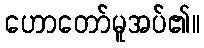
ဟောတော်မူအပ်၏။